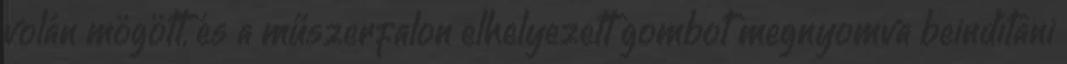
volán mögött, és a műszerfalon elhelyezett gombot megnyomva beindítani